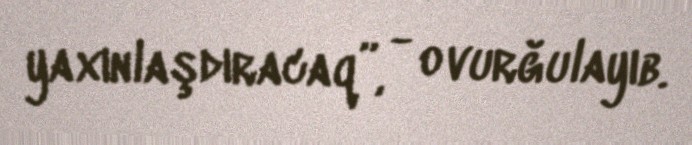
yaxınlaşdıracaq”, - o vurğulayıb.